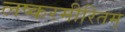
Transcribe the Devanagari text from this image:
लष्करमीरितम्